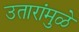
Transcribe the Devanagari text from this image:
उतारांमुळे